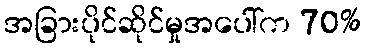
အခြားပိုင်ဆိုင်မှုအပေါ်က 70%